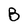
Character: B